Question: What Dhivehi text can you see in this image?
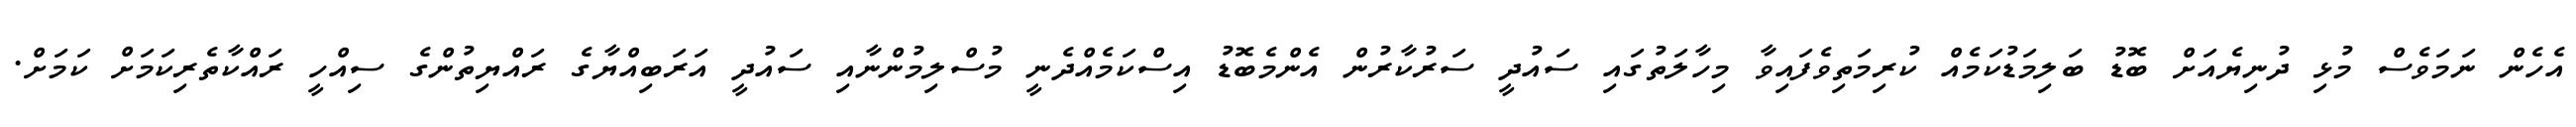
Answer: އެހެން ނަމަވެސް މުޅި ދުނިޔެއަށް ބޮޑު ބަލިމަޑުކަމެއް ކުރިމަތިވެފައިވާ މިހާލަތުގައި ސައުދީ ސަރުކާރުން އެންމެބޮޑު އިސްކަމެއްދެނީ މުސްލިމުންނާއި ސައުދީ އަރަބިއްޔާގެ ރައްޔިތުންގެ ސިއްހީ ރައްކާތެރިކަމަށް ކަމަށް.